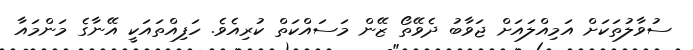
ސުވާލުތަކަށް އަމިއްލައަށް ޖަވާބު ދެވޭތޯ ޒޭން މަސައްކަތް ކުރިއެވެ. ހަފިއްތައަކީ އޭނާގެ މަންމައާ